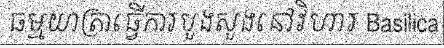
ធម្មយាត្រាធ្វើការបួងសួងនៅវិហារ Basilica